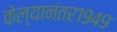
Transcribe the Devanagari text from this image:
केल्यानंतर१९४९